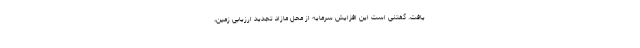
یافت. گفتنی است این افزایش سرمایه از محل مازاد تجدید ارزیابی زمین،